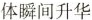
体瞬间升华